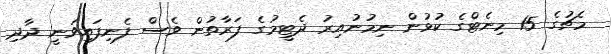
މެޗުގެ 15 މިނެޓްގެ ކުޅުން ނިމުުނުއިރު ދެޓީމުގެ ފަރާތުން ވެސް ފެނިފައިވަނީ ދާދި